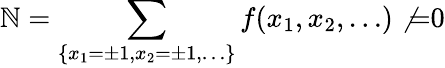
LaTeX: {\cal\mathbb{N}}=\sum_{\{ x_{1}=\pm1,x_{2}=\pm1,\ldots\} }f(x_{1},x_{2},\ldots)\not{=}0